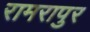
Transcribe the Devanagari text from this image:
रामरापुर